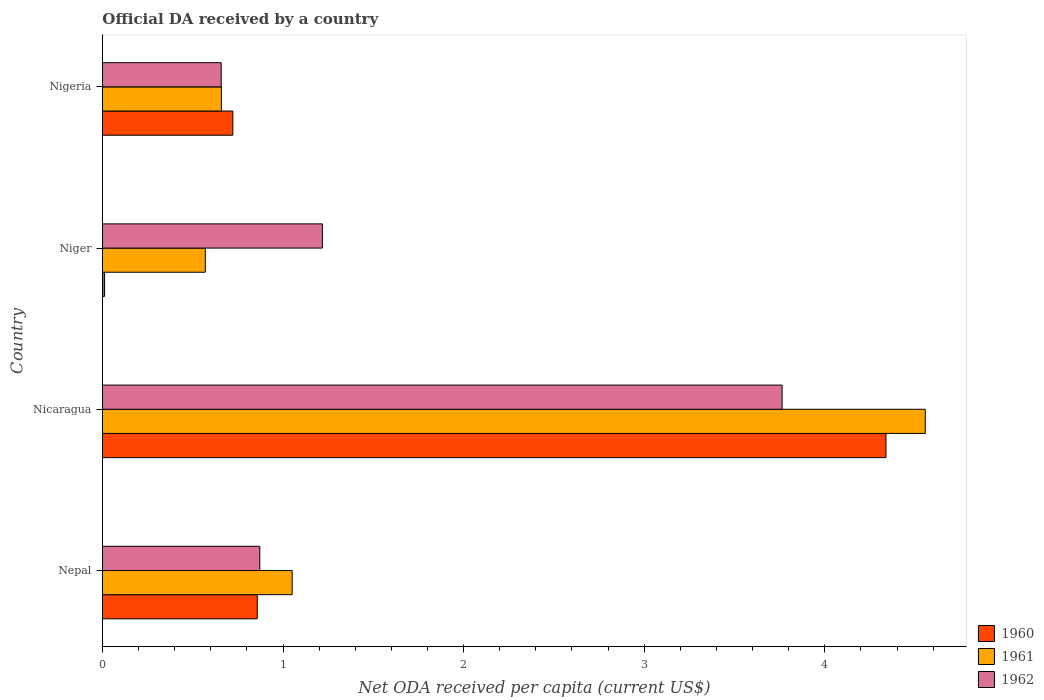
| Country | 1960 | 1961 | 1962 |
 | --- | --- | --- | --- |
 | Nepal | 0.857 | 1.05 | 0.871 |
 | Nicaragua | 4.34 | 4.56 | 3.76 |
 | Niger | 0.0118 | 0.57 | 1.22 |
 | Nigeria | 0.722 | 0.659 | 0.658 |